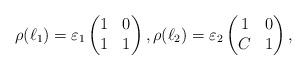
LaTeX: \begin{align*}\rho(\ell_{1})=\varepsilon_{1}\begin{pmatrix}1 & 0\\1 & 1\end{pmatrix},\rho(\ell_{2})=\varepsilon_{2}\begin{pmatrix}1 & 0\\C & 1\end{pmatrix}, \end{align*}